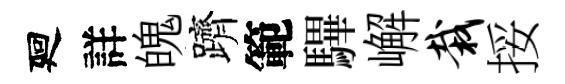
廻詳魄躋範驆嶰栽挼